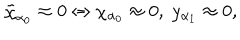
LaTeX: \tilde { \chi } _ { \alpha _ { 0 } } \approx 0 \Leftrightarrow \chi _ { \alpha _ { 0 } } \approx 0 , \; y _ { \alpha _ { 1 } } \approx 0 ,